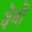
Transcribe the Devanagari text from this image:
वेनों